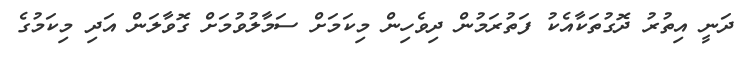
ދަނީ އިތުރު ދޮގުތަކާއެކު ފަތުރަމުން ދިވެހިން މިކަމަށް ސަމާލުވުމަށް ގޮވާލަން އަދި މިކަމުގެ